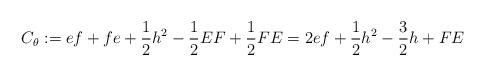
LaTeX: \begin{align*}C_\theta:=ef+fe+\frac{1}{2}h^2-\frac{1}{2}EF+\frac{1}{2}FE=2ef+\frac{1}{2}h^2-\frac{3}{2}h+FE\end{align*}